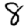
Digit: 8